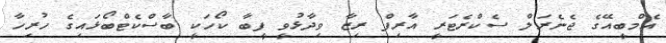
އެމްބީއޭގެ ޖެނެރަލް ސެކްރެޓަރީ އާރިފް ރިޒާ ވިދާޅުވީ ފީބާ ކޯހަކީ ބާސްކެޓްބޯޅައިގެ ހުރިހާ